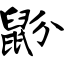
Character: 鼢